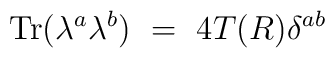
\mbox{Tr} (\lambda^a \lambda^b) ~=~ 4T(R) \delta^{ab}